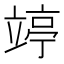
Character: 𥪜